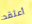
أعتقد